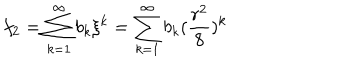
LaTeX: f _ { 2 } = \sum _ { k = 1 } ^ { \infty } b _ { k } \xi ^ { k } = \sum _ { k = 1 } ^ { \infty } b _ { k } ( \frac { r ^ { 2 } } { 8 } ) ^ { k }